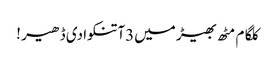
کلگام مٹھ بھیڑ میں3آتنکوادی ڈھیر !